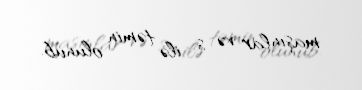
maşınlar və s. ilə təmin olunub.